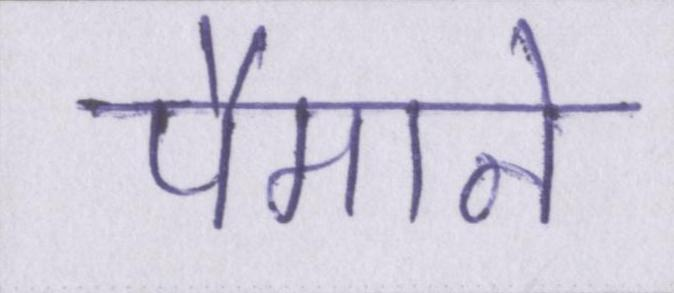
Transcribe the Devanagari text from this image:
पैमाने